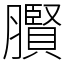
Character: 臔